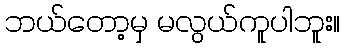
ဘယ်တော့မှ မလွယ်ကူပါဘူး။